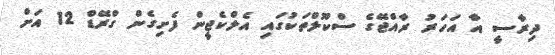
ދިރާސީ އާ އަހަރު ރާއްޖޭގެ ސްކޫލްތަކުގައި އެލްކެޖީން ފެށިގެން ގްރޭޑް 12 އަށް